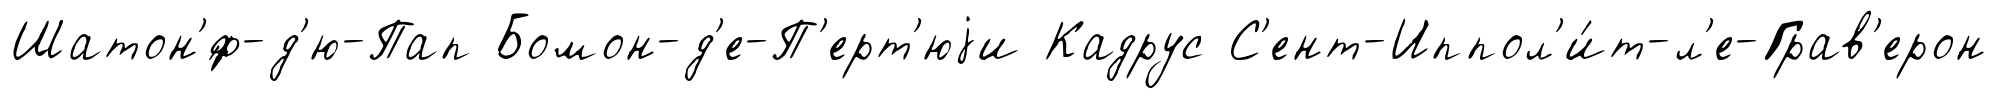
Шатон'́ф-д'ю-Пап Бомон-д'е-П'ерт'юjи Кадрус С'ент-Иппол'и́т-л'е-Грав'ерон